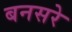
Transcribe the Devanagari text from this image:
बनसरे